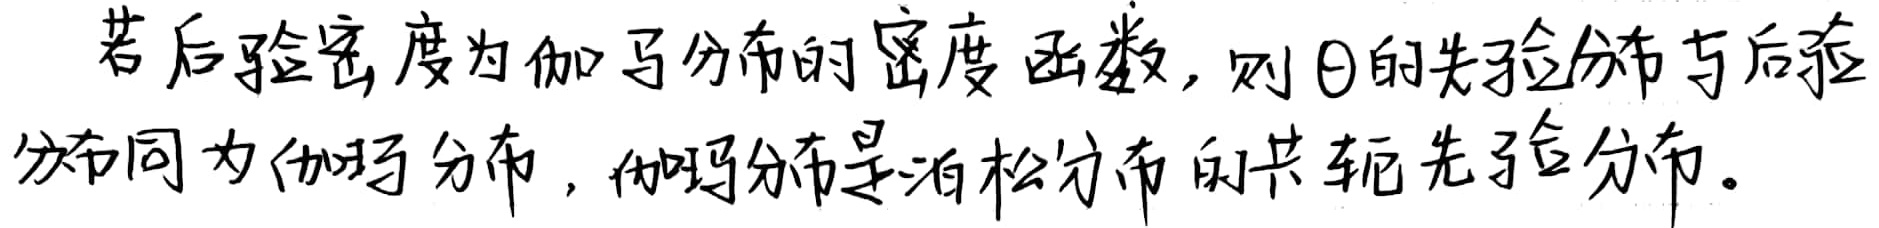
若后验密度为伽马分布的密度函数，则 $\theta$ 的先验分布与后验分布同为伽马分布，伽马分布是泊松分布的共轭先验分布。